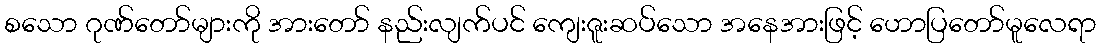
စသော ဂုဏ်တော်များကို အားတော် နည်းလျက်ပင် ကျေးဇူးဆပ်သော အနေအားဖြင့် ဟောပြတော်မူလေရာ